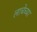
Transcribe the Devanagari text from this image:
लाचेच्या